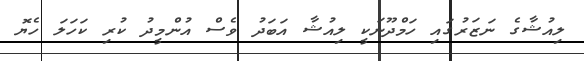
ލިއުޝާގެ ނަޒަރުގައި ހަމްދޫނަކީ ލިއުޝާ އަބަދު ވެސް އުންމީދު ކުރި ކަހަލަ ހެޔޮ